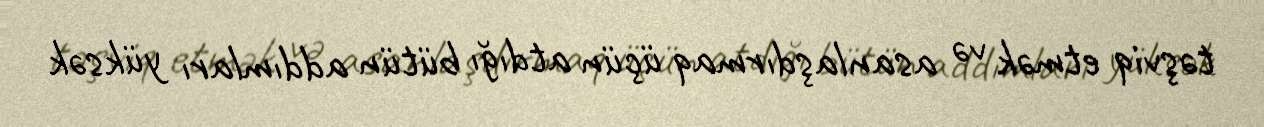
təşviq etmək və asanlaşdırmaq üçün atdığı bütün addımları yüksək